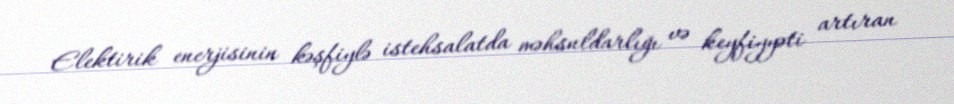
Elektirik enerjisinin kəşfiylə istehsalatda məhsuldarlığı və keyfiyyəti artıran